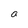
Character: a